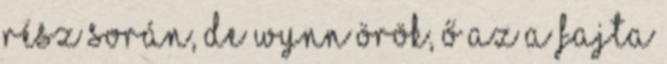
rész során, de Wynn örök, ő az a fajta